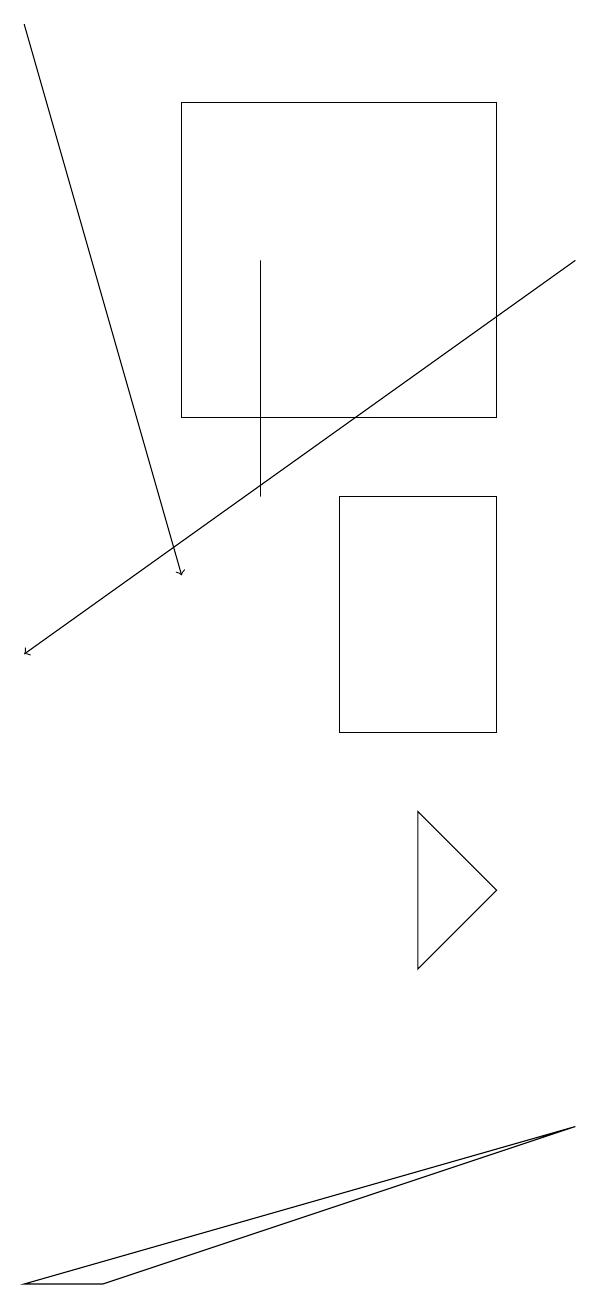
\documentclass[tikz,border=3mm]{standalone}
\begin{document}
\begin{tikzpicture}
\draw[->] (1,19) -- (3,12);
\draw (4,13) rectangle (4,16);
\draw (7,14) rectangle (3,18);
\draw[->] (8,16) -- (1,11);
\draw (2,3) -- (1,3) -- (8,5) -- cycle;
\draw (5,10) rectangle (7,13);
\draw (7,8) -- (6,7) -- (6,9) -- cycle;
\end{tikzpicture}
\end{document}